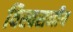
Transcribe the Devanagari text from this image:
विस्वसनीय